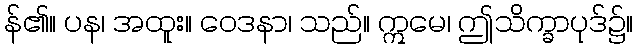
န်၏။ ပန၊ အထူး။ ဝေဒနာ၊ သည်။ ဣမေ၊ ဤသိက္ခာပုဒ်၌။